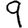
Digit: 9